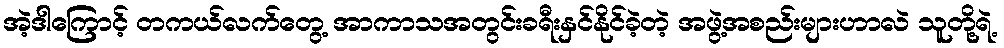
အဲ့ဒါကြောင့် တကယ်လက်တွေ့ အာကာသအတွင်းခရီးနှင်နိုင်ခဲ့တဲ့ အဖွဲ့အစည်းများဟာလဲ သူတို့ရဲ့